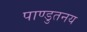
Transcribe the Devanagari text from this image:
पाण्डुतनय